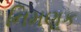
નિમણૂક